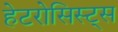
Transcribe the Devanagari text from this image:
हेटरोसिस्ट्स